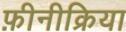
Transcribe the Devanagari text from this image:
फ़ीनीक्रिया